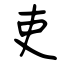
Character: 吏